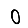
Digit: 0